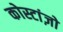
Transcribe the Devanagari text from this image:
कोस्टांज़ो